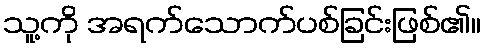
သူ့ကို အရက်သောက်ပစ်ခြင်းဖြစ်၏။